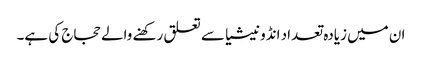
ان میں زیادہ تعداد انڈونیشیا سے تعلق رکھنے والے حجاج کی ہے۔